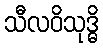
သီလဝိသုဒ္ဓိ